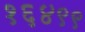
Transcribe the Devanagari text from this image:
१६४९९